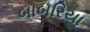
બાબરિયા